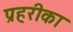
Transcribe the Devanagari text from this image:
प्रहरीका